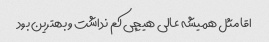
اقا مثل همیشه عالى هیچى کم نداشت و بهترین بود